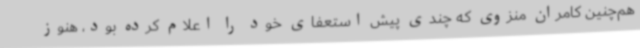
هم‌چنین کامران منزوی که چندی پیش استعفای خود را اعلام کرده بود،‌ هنوز